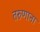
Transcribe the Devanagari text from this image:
तरुणाना